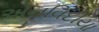
એનવિદીયા